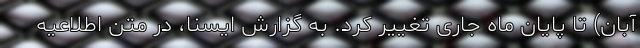
آبان) تا پایان ماه جاری تغییر کرد. به گزارش ایسنا، در متن اطلاعیه